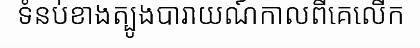
ទំនប់ខាងត្បូងបារាយណ៍កាលពីគេលើក